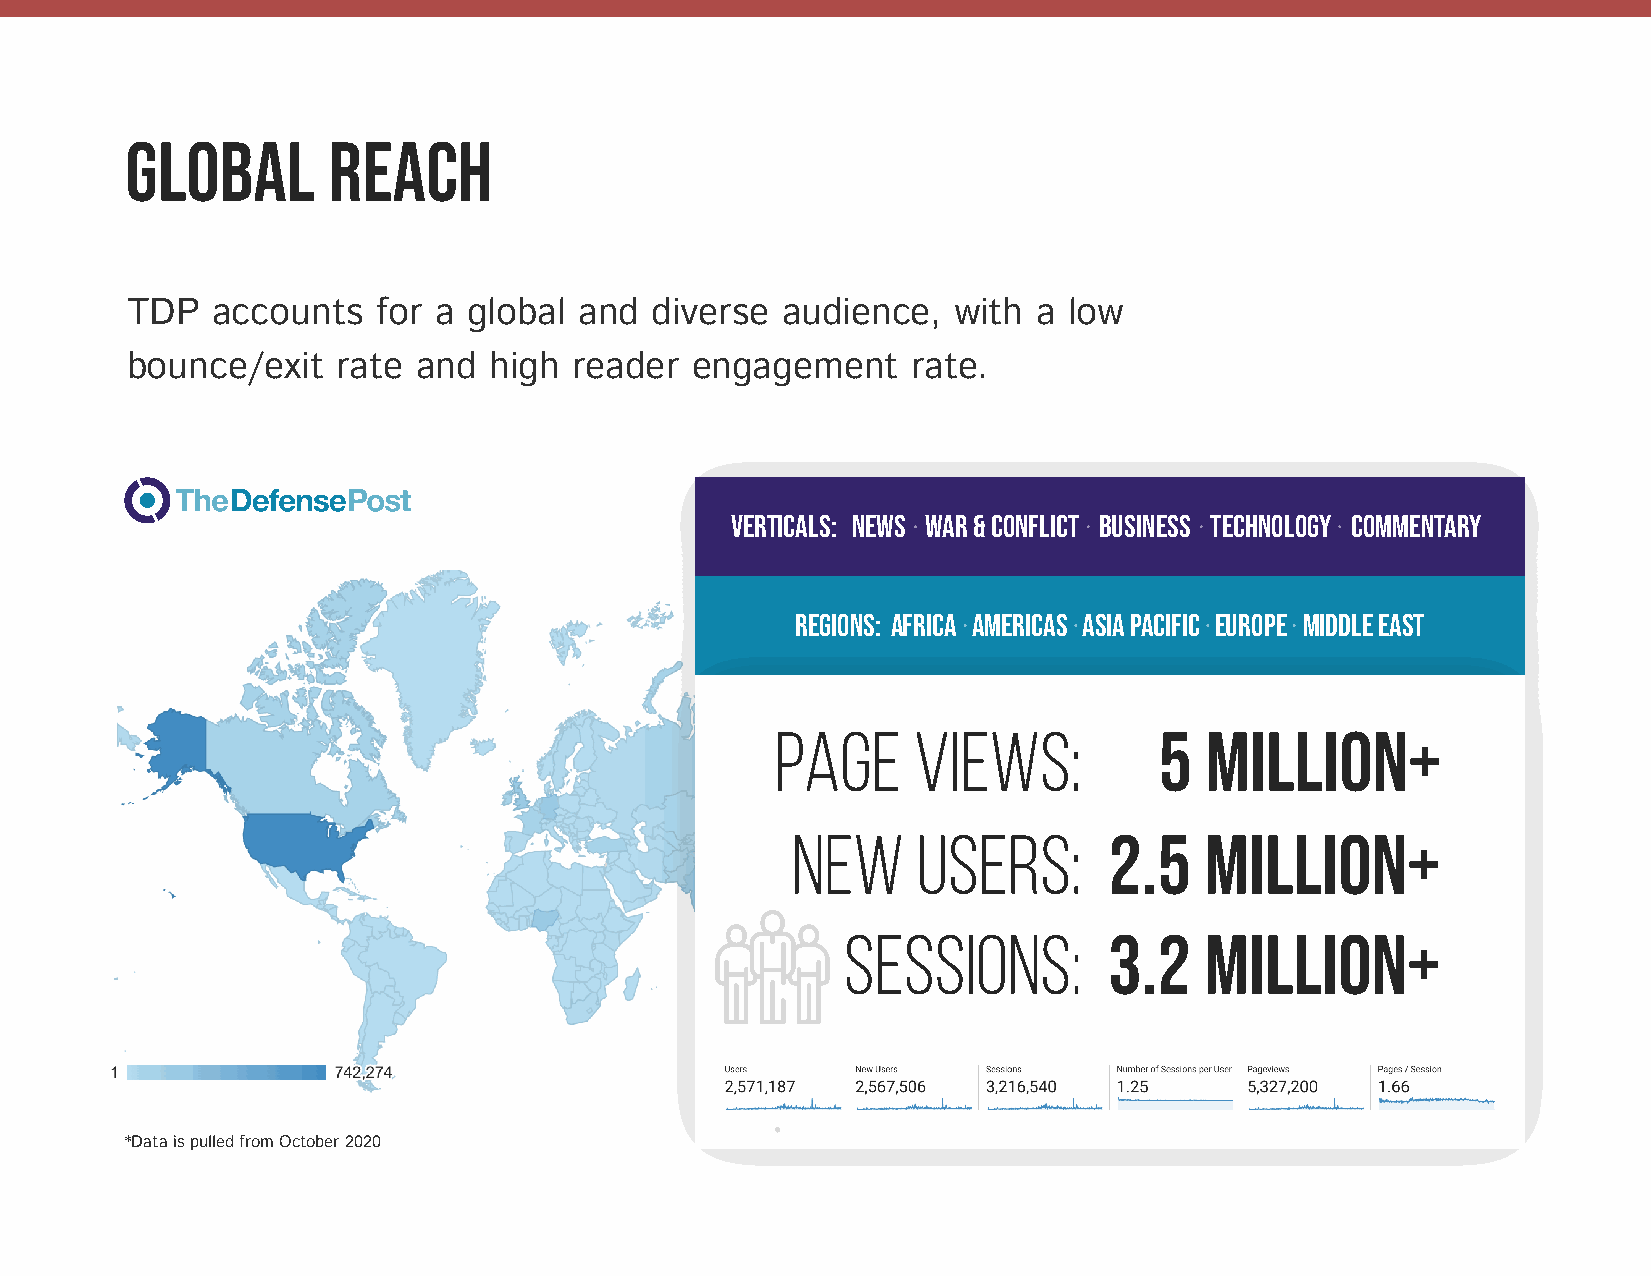
Global        Reach
 TDP   accounts   for aglobal  and  diverse  audience,  with  alow
 bounce/exit   rate  and high  reader  engagement    rate.
 verticals: News War&Conflict Business Technology Commentary
 regions: Africa Americas AsiaPacific Europe MiddleEast
 page     views:           5  million+
 new      users:      2.5    million+
 Sessions:        3.2    million+
 *DataispulledfromOctober 2020